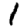
Digit: 1